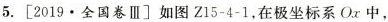
5.[2019.全国卷Ⅲ]如图Z15-4-1，在极坐标系Ox中，